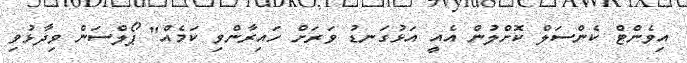
އިވެންޓް ކެންސަލް ކޮށްލުން އެއީ އަޅުގަނޑު ވަރަށް ހައިރާންވި ކަމެއް" ޕޯލްސަން ވިދާޅުވި